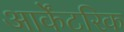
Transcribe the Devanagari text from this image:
आर्केंटरिक